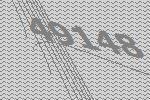
49148